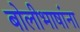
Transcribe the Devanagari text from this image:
बोलीभाषांना